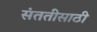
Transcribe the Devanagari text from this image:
संततीसाठी